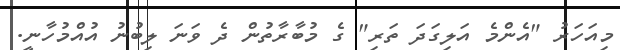
މިއަހަރު "އެންމެ އަލިގަދަ ތަރި" ގެ މުބާރާތުން ދެ ވަނަ ލިބުނު އުއްމުހާނީ.